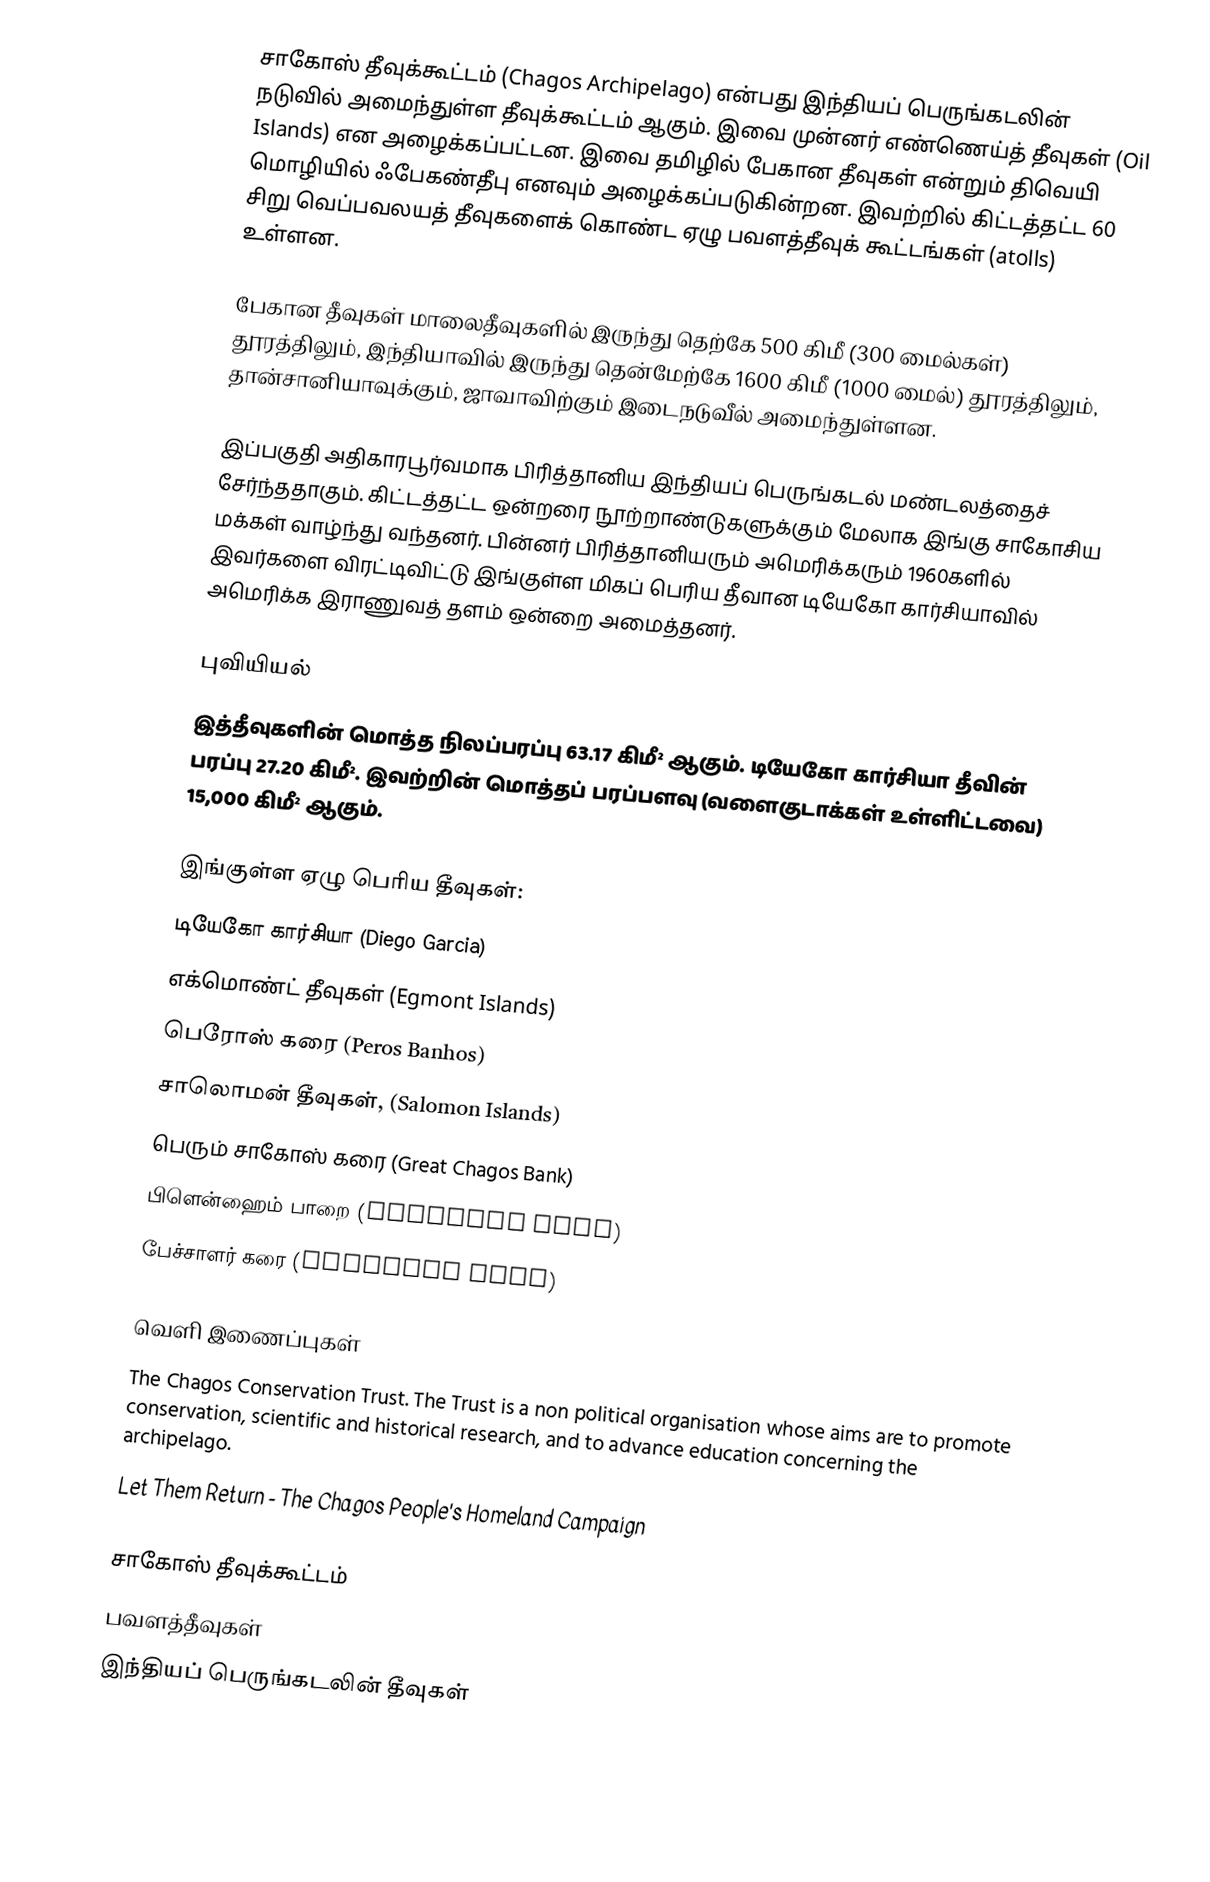
சாகோஸ் தீவுக்கூட்டம் (Chagos Archipelago) என்பது இந்தியப் பெருங்கடலின் நடுவில் அமைந்துள்ள தீவுக்கூட்டம் ஆகும். இவை முன்னர் எண்ணெய்த் தீவுகள் (Oil Islands) என அழைக்கப்பட்டன. இவை தமிழில் பேகான தீவுகள் என்றும் திவெயி மொழியில் ஃபேகண்தீபு எனவும் அழைக்கப்படுகின்றன. இவற்றில் கிட்டத்தட்ட 60 சிறு வெப்பவலயத் தீவுகளைக் கொண்ட ஏழு பவளத்தீவுக் கூட்டங்கள் (atolls) உள்ளன.

பேகான தீவுகள் மாலைதீவுகளில் இருந்து தெற்கே 500 கிமீ (300 மைல்கள்) தூரத்திலும், இந்தியாவில் இருந்து தென்மேற்கே 1600 கிமீ (1000 மைல்) தூரத்திலும், தான்சானியாவுக்கும், ஜாவாவிற்கும் இடைநடுவீல் அமைந்துள்ளன.

இப்பகுதி அதிகாரபூர்வமாக பிரித்தானிய இந்தியப் பெருங்கடல் மண்டலத்தைச் சேர்ந்ததாகும். கிட்டத்தட்ட ஒன்றரை நூற்றாண்டுகளுக்கும் மேலாக இங்கு சாகோசிய மக்கள் வாழ்ந்து வந்தனர். பின்னர் பிரித்தானியரும் அமெரிக்கரும் 1960களில் இவர்களை விரட்டிவிட்டு இங்குள்ள மிகப் பெரிய தீவான டியேகோ கார்சியாவில் அமெரிக்க இராணுவத் தளம் ஒன்றை அமைத்தனர்.

புவியியல்
இத்தீவுகளின் மொத்த நிலப்பரப்பு 63.17 கிமீ² ஆகும். டியேகோ கார்சியா தீவின் பரப்பு 27.20 கிமீ². இவற்றின் மொத்தப் பரப்பளவு (வளைகுடாக்கள் உள்ளிட்டவை) 15,000 கிமீ² ஆகும்.

இங்குள்ள ஏழு பெரிய தீவுகள்:
 டியேகோ கார்சியா (Diego Garcia)
 எக்மொண்ட் தீவுகள் (Egmont Islands)
 பெரோஸ் கரை (Peros Banhos)
 சாலொமன் தீவுகள், (Salomon Islands)
 பெரும் சாகோஸ் கரை (Great Chagos Bank)
 பிளென்ஹைம் பாறை (Blenheim Reef)
 பேச்சாளர் கரை (Speakers Bank)

வெளி இணைப்புகள்
 The Chagos Conservation Trust. The Trust is a non political organisation whose aims are to promote conservation, scientific and historical research, and to advance education concerning the archipelago.
 Let Them Return - The Chagos People's Homeland Campaign

சாகோஸ் தீவுக்கூட்டம்
பவளத்தீவுகள்
இந்தியப் பெருங்கடலின் தீவுகள்